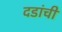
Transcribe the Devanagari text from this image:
दिंडांची